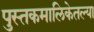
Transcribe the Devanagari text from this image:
पुस्तकमालिकेतल्या